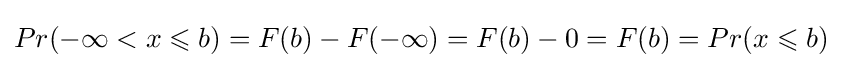
Pr(-\infty <x\leqslant b)=F(b)-F(-\infty )=F(b)-0=F(b)=Pr(x\leqslant b)